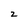
Character: 2